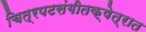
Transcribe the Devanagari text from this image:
चित्रपटसंगीतक्षेत्रात